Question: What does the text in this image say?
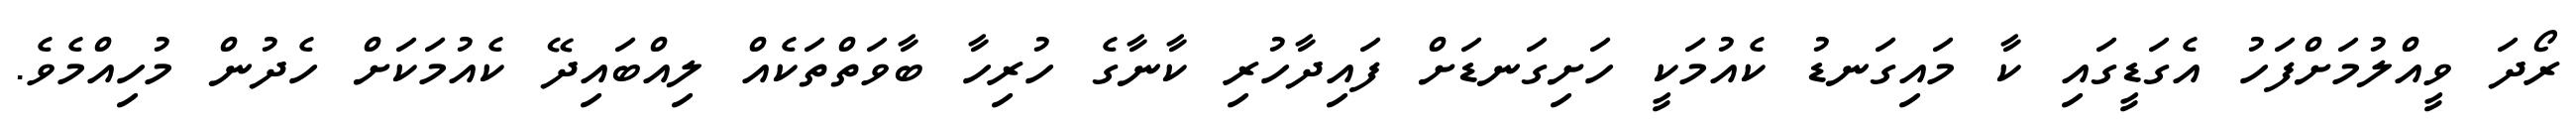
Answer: ރޯދަ ވީއްލުމަށްފަހު އެގަޑީގައި ކާ މައިގަނޑު ކެއުމަކީ ހަށިގަނޑަށް ފައިދާހުރި ކާނާގެ ހުރިހާ ބާވަތްތަކެއް ލިއްބައިދޭ ކެއުމަކަށް ހެދުން މުހިއްމެވެ.